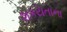
શકયતાના